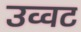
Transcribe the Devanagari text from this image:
उव्‍वट